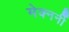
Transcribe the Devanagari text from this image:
मेक्नर्नी